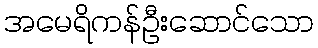
အမေရိကန်ဦးဆောင်သော